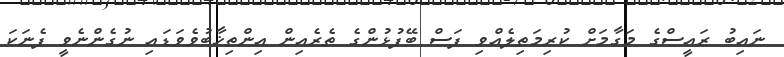
ނައިބު ރައީސްގެ މަގާމަށް ކުރިމަތިލެއްވި ފަސް ބޭފުޅުންގެ ތެރެއިން އިންތިޚާބުވެވަޑައި ނުގެންނެވީ ފެނަކަ